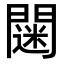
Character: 𨶌